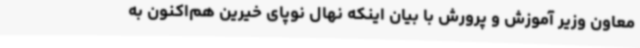
معاون وزیر آموزش و پرورش با بیان اینکه نهال نوپای خیرین هم‌اکنون به